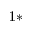
^ { 1 * }